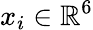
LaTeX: x_{i}\in\mathbb{R}^{6}